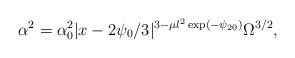
\begin{align*}\alpha^2=\alpha_0^2 | x-2 \psi_0 /3 |^{3-\mu l^2 \exp(-\psi_{20})}\Omega^{3/2} ,\end{align*}